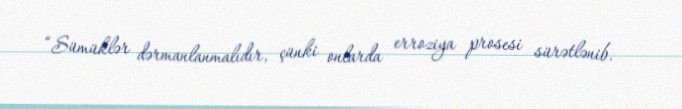
“Sümüklər dərmanlanmalıdır, çünki onlarda erroziya prosesi sürətlənib.